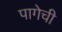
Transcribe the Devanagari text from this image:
पागेची